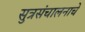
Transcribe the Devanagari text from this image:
सुत्रसंचालनाचे